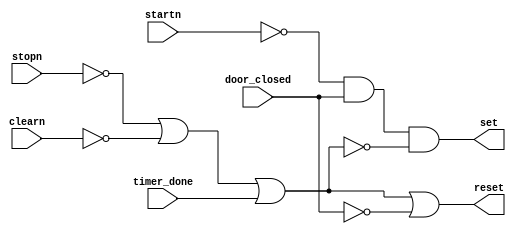
module Control (startn, stopn, clearn, door_closed, timer_done, set, reset);
	input startn, stopn, clearn, door_closed, timer_done;
	output set, reset;
	
	assign set = ~startn & door_closed & ~(~stopn | ~clearn | timer_done);
	assign reset = (~stopn | ~clearn | timer_done | ~door_closed);
endmodule